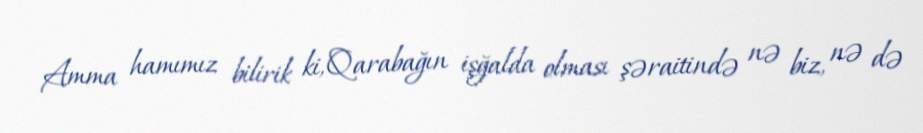
Amma hamımız bilirik ki, Qarabağın işğalda olması şəraitində nə biz, nə də